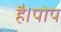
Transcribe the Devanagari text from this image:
है।पोप